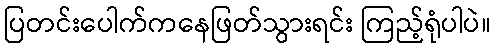
ပြတင်းပေါက်ကနေဖြတ်သွားရင်း ကြည့်ရုံပါပဲ။